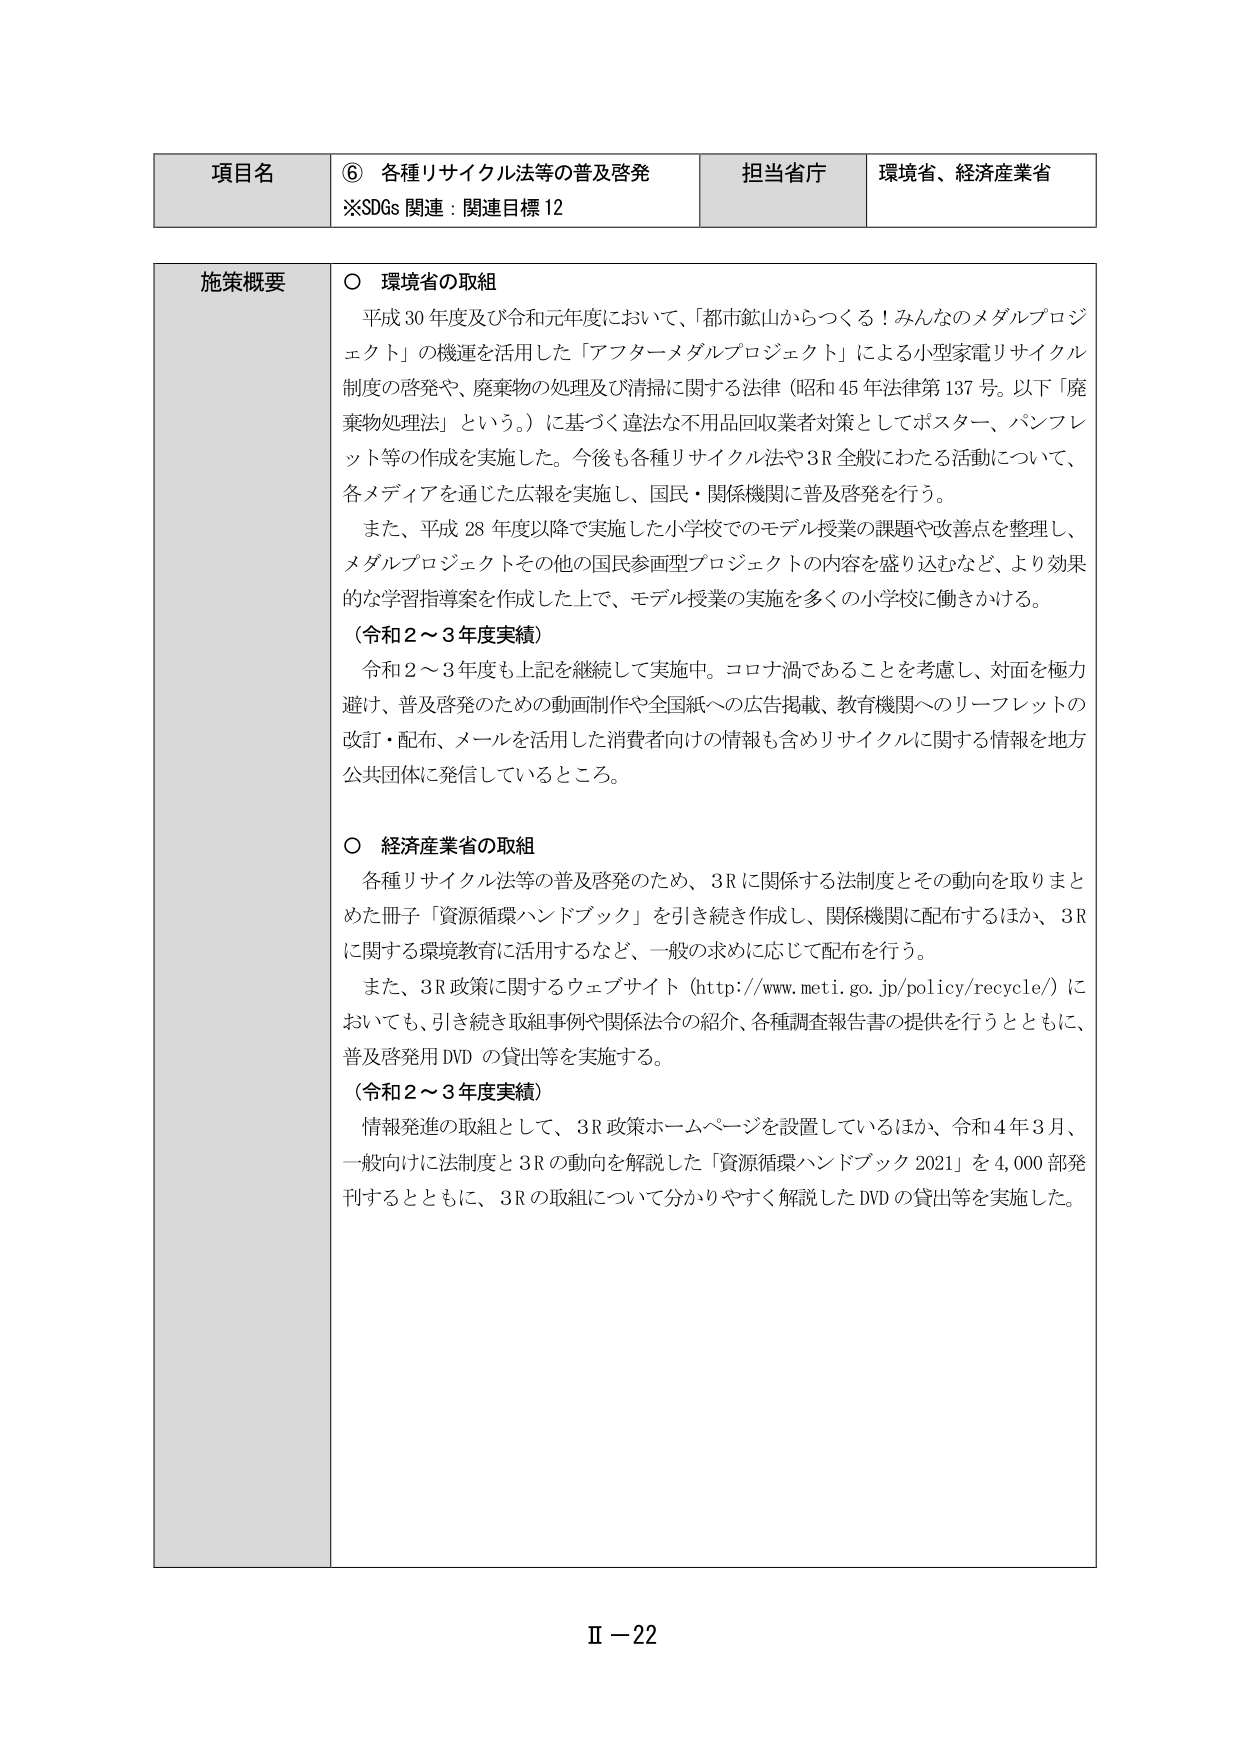
項目名　⑥ 各種リサイクル法等の普及啓発
※SDGs 関連：関連目標12
担当省庁　環境省、経済産業省

施策概要
○ 環境省の取組
　平成30年度及び令和元年度において、「都市鉱山からつくる！みんなのメダルプロジェクト」の機運を活用した「アフターメダルプロジェクト」による小型家電リサイクル制度の啓発や、廃棄物の処理及び清掃に関する法律（昭和45年法律第137号。以下「廃棄物処理法」という。）に基づく違法な不用品回収業者対策としてポスター、パンフレット等の作成を実施した。今後も各種リサイクル法や3R全般にわたる活動について、各メディアを通じた広報を実施し、国民・関係機関に普及啓発を行う。
　また、平成28年度以降で実施した小学校でのモデル授業の課題や改善点を整理し、メダルプロジェクトその他の国民参画型プロジェクトの内容を盛り込むなど、より効果的な学習指導案を作成した上で、モデル授業の実施を多くの小学校に働きかける。
（令和2～3年度実績）
　令和2～3年度も上記を継続して実施中。コロナ渦であることを考慮し、対面を極力避け、普及啓発のための動画制作や全国紙への広告掲載、教育機関へのリーフレットの改訂・配布、メールを活用した消費者向けの情報も含めリサイクルに関する情報を地方公共団体に発信しているところ。

○ 経済産業省の取組
　各種リサイクル法等の普及啓発のため、3Rに関係する法制度とその動向を取りまとめた冊子「資源循環ハンドブック」を引き続き作成し、関係機関に配布するほか、3Rに関する環境教育に活用するなど、一般の求めに応じて配布を行う。
　また、3R政策に関するウェブサイト（http://www.meti.go.jp/policy/recycle/）においても、引き続き取組事例や関係法令の紹介、各種調査報告書の提供を行うとともに、普及啓発用DVDの貸出等を実施する。
（令和2～3年度実績）
　情報発進の取組として、3R政策ホームページを設置しているほか、令和4年3月、一般向けに法制度と3Rの動向を解説した「資源循環ハンドブック2021」を4,000部発刊するとともに、3Rの取組について分かりやすく解説したDVDの貸出等を実施した。

Ⅱ－22